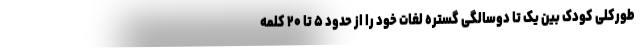
طورکلی کودک بین یک تا دوسالگی گستره لغات خود را از حدود ۵ تا ۲۰ کلمه